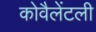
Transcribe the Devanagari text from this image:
कोवैलेंटली